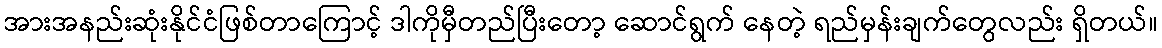
အားအနည်းဆုံးနိုင်ငံဖြစ်တာကြောင့် ဒါကိုမှီတည်ပြီးတော့ ဆောင်ရွက် နေတဲ့ ရည်မှန်းချက်တွေလည်း ရှိတယ်။